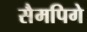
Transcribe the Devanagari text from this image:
सैमपिगे